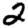
Digit: 2